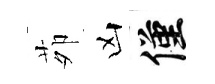
茆凶僅